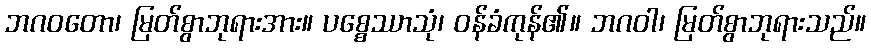
ဘဂဝတော၊ မြတ်စွာဘုရားအား။ ပစ္စေဿာသုံ၊ ဝန်ခံကုန်၏။ ဘဂဝါ၊ မြတ်စွာဘုရားသည်။